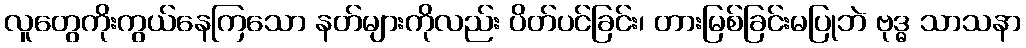
လူတွေကိုးကွယ်နေကြသော နတ်များကိုလည်း ပိတ်ပင်ခြင်း၊ တားမြစ်ခြင်းမပြုဘဲ ဗုဒ္ဓ သာသနာ